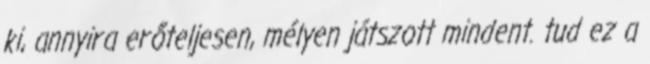
ki, annyira erőteljesen, mélyen játszott mindent. tud ez a